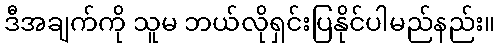
ဒီအချက်ကို သူမ ဘယ်လိုရှင်းပြနိုင်ပါမည်နည်း။